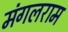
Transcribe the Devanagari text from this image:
मंगलराम